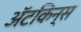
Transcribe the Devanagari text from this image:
अॅटकिन्स